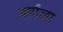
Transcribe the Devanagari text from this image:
वर्षांला